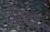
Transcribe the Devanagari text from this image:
तोडॉ॰